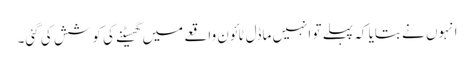
انہوں نے بتایا کہ پہلے تو انہیں ماڈل ٹائون واقعے میں گھسیٹنے کی کوشش کی گئی۔